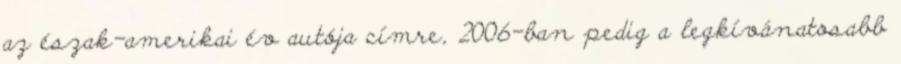
az észak-amerikai év autója címre, 2006-ban pedig a legkívánatosabb